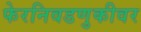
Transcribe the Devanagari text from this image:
फेरनिवडणुकीवर